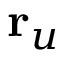
{ \bf r } _ { u }